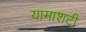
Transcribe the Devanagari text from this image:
यामाशटी